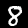
Digit: 8